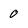
Character: 0